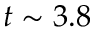
t \sim 3 . 8